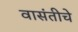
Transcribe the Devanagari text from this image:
वासंतीचे